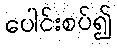
ပေါင်းစပ်၍